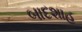
બાદશાહ